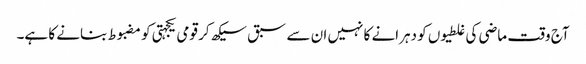
آج وقت ماضی کی غلطیوں کو دہرانے کا نہیں ان سے سبق سیکھ کر قومی یکجہتی کو مضبوط بنانے کا ہے۔